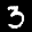
Label: 3